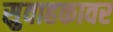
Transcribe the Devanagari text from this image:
सुवाहकावर